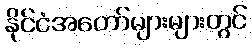
နိုင်ငံအတော်များများတွင်